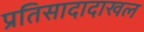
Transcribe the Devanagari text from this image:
प्रतिसादादाखल